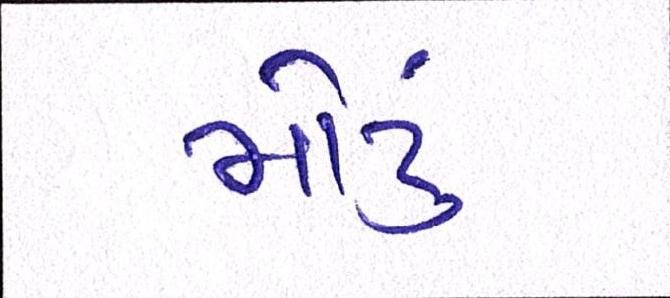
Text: મોટું